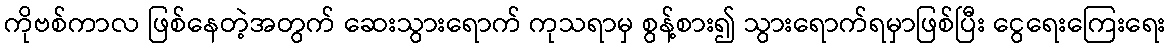
ကိုဗစ်ကာလ ဖြစ်နေတဲ့အတွက် ဆေးသွားရောက် ကုသရာမှ စွန့်စား၍ သွားရောက်ရမှာဖြစ်ပြီး ငွေရေးကြေးရေး